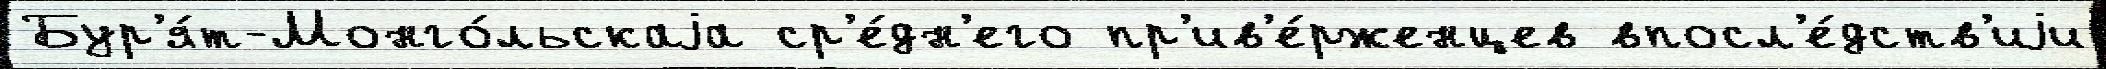
Бур'я́т-Монго́льскаjа ср'е́дн'его пр'ив'е́рженцев впосл'е́дств'иjи